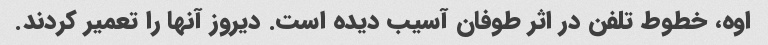
اوه، خطوط تلفن در اثر طوفان آسیب دیده است. دیروز آنها را تعمیر کردند.